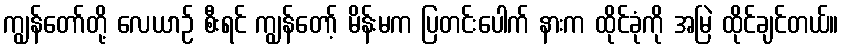
ကျွန်တော်တို့ လေယာဉ် စီးရင် ကျွန်တော့် မိန်းမက ပြတင်းပေါက် နားက ထိုင်ခုံကို အမြဲ ထိုင်ချင်တယ်။